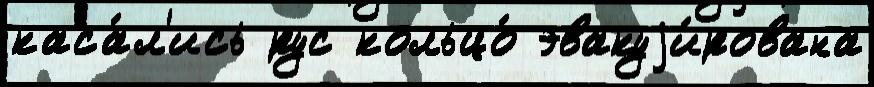
каса́л'ись рус кольцо́ эвакуjи́рована